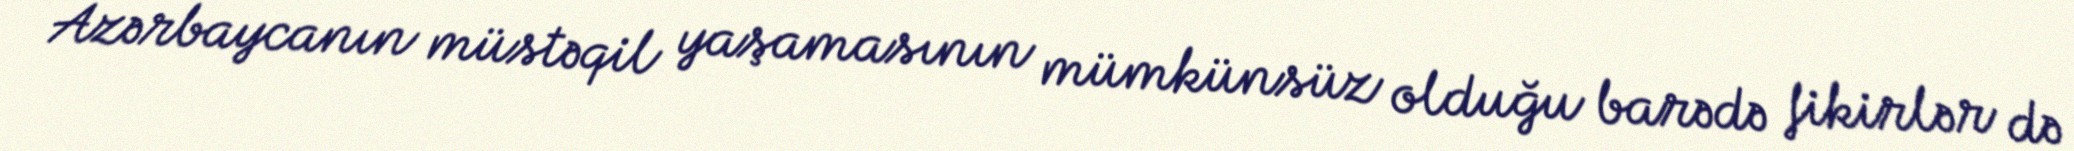
Azərbaycanın müstəqil yaşamasının mümkünsüz olduğu barədə fikirlər də